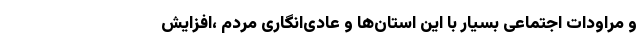
و مراودات اجتماعی بسیار با این استان‌ها و عادی‌انگاری مردم ،افزایش